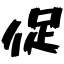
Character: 促